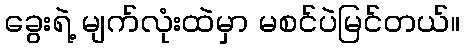
ခွေးရဲ့ မျက်လုံးထဲမှာ မစင်ပဲမြင်တယ်။